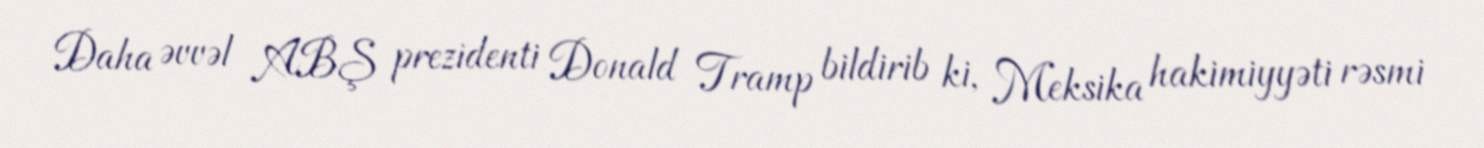
Daha əvvəl ABŞ prezidenti Donald Tramp bildirib ki, Meksika hakimiyyəti rəsmi